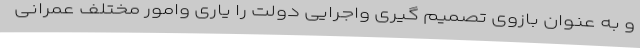
و به عنوان بازوی تصمیم گیری واجرایی دولت را یاری وامور مختلف عمرانی